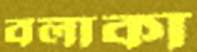
বলাকা